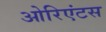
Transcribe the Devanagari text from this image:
ओरिएंटस